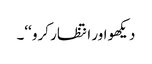
دیکھو اور انتظار کرو ‘‘۔